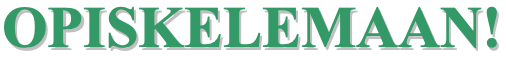
OOPPIISSKKEELLEEMMAAAANN!!